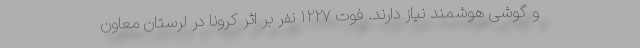
و گوشی هوشمند نیاز دارند. فوت ۱۲۲۷ نفر بر اثر کرونا در لرستان ‌معاون